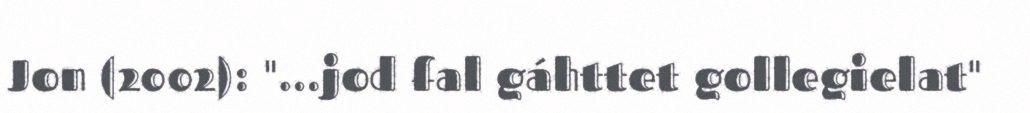
Jon (2002): "…jod fal gáhttet gollegielat"